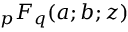
{ } _ { p } F _ { q } ( a ; b ; z )